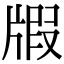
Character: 𤗜